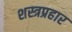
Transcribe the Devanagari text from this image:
शस्त्रप्रहार